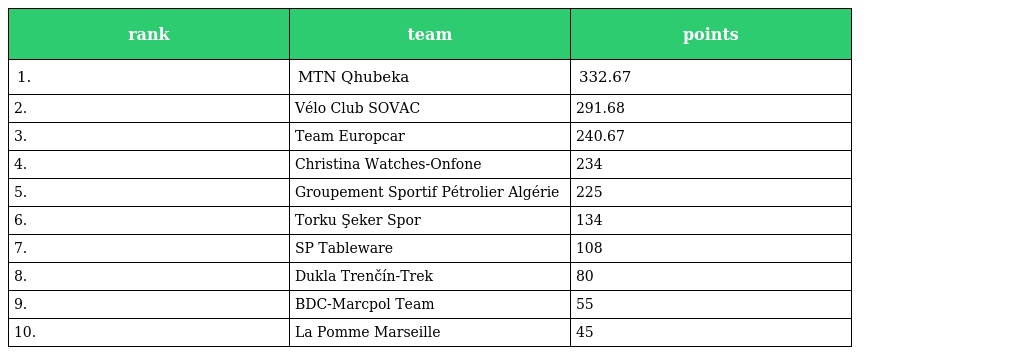
| rank | team | points |
 | --- | --- | --- |
 | 1. | MTN Qhubeka | 332.67 |
 | 2. | Vélo Club SOVAC | 291.68 |
 | 3. | Team Europcar | 240.67 |
 | 4. | Christina Watches-Onfone | 234 |
 | 5. | Groupement Sportif Pétrolier Algérie | 225 |
 | 6. | Torku Şeker Spor | 134 |
 | 7. | SP Tableware | 108 |
 | 8. | Dukla Trenčín-Trek | 80 |
 | 9. | BDC-Marcpol Team | 55 |
 | 10. | La Pomme Marseille | 45 |